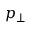
p _ { \perp }